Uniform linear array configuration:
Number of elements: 4
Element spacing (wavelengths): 0.75
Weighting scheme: kaiser
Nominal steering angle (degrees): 15
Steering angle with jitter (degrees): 16.742
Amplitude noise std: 0.05
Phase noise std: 0.05

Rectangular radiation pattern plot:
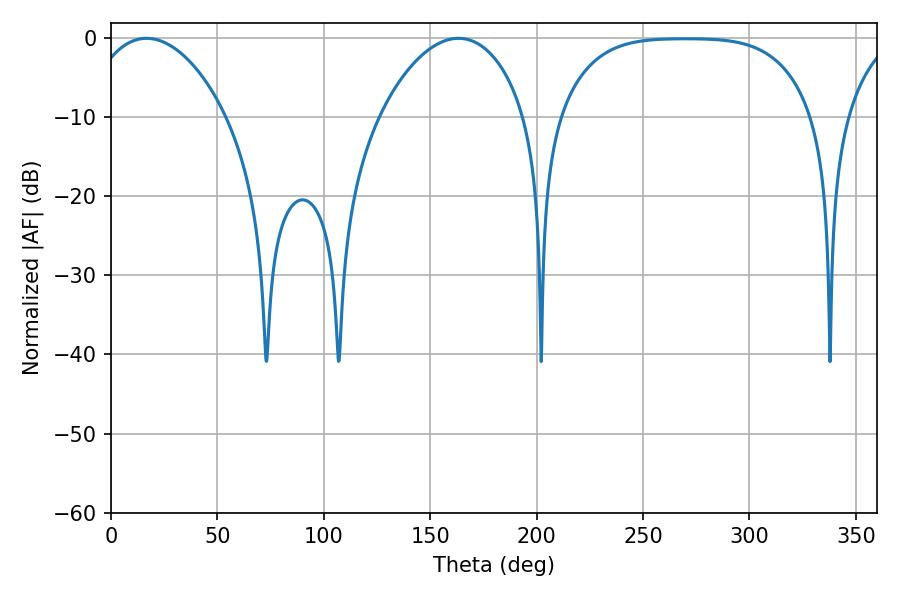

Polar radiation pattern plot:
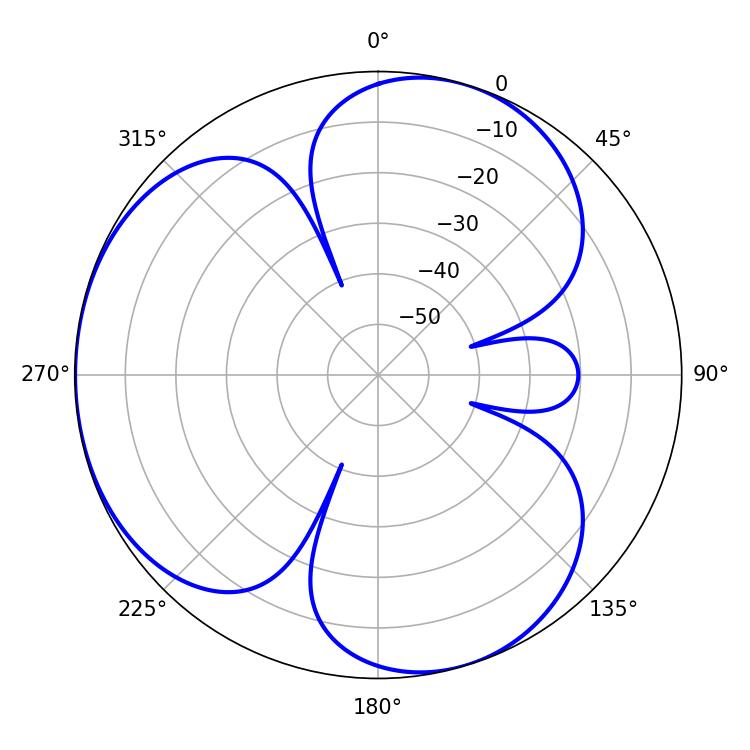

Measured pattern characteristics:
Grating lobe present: TRUE
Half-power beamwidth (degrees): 37.08
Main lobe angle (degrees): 16.74